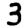
Digit: 3